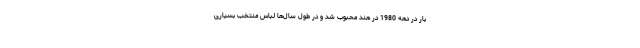
بار در دهه 1980 در هند محبوب شد و در طول سال‌ها لباس منتخب بسیاری